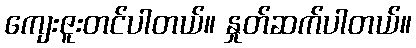
ကျေးဇူးတင်ပါတယ်။ နှုတ်ဆက်ပါတယ်။